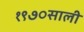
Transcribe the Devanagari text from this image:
१९७०साली